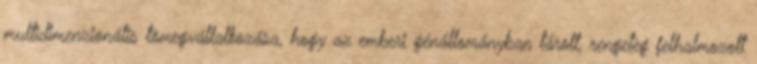
multidimenzionális tömegvállalkozása, hogy az emberi génállományban tárolt, rengeteg felhalmozott